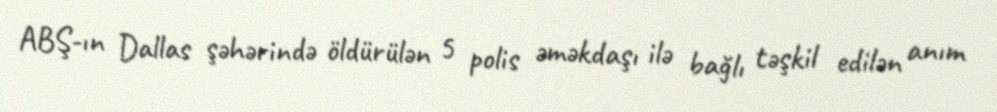
ABŞ-ın Dallas şəhərində öldürülən 5 polis əməkdaşı ilə bağlı təşkil edilən anım